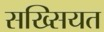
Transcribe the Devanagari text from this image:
सख्सियत